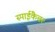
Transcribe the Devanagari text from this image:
स्पाईकैचर